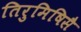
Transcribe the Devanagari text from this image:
तिरुमिषिसै